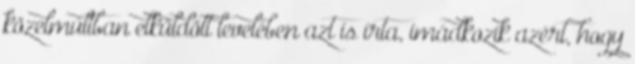
közelmúltban elküldött levelében azt is írta, imádkozik azért, hogy